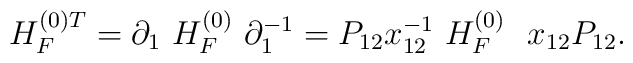
H_F^{(0) T} = \partial_1 \ H_F^{(0)} \ \partial_1^{-1} =P_{12} x_{12}^{-1} \  H_F^{(0)} \ \   x_{12} P_{12} .